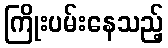
ကြိုးပမ်းနေသည့်